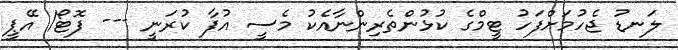
ލަނޑު ޖެހުމަށްފަހު ޓީމްގެ ކުޅުންތެރިންނާއެކު މެސީ އުފާ ކުރަނީ --- ފޮޓޯ/ އޭޕީ